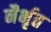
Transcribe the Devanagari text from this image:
नैर्भृत